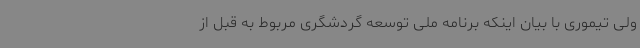
ولی تیموری با بیان اینکه برنامه ملی توسعه گردشگری مربوط به قبل از